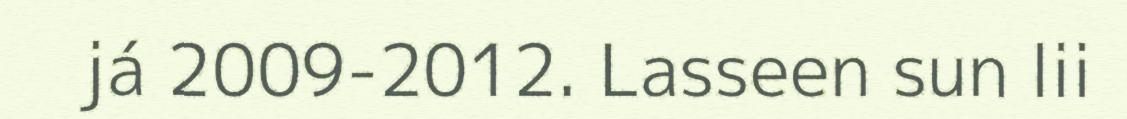
já 2009-2012. Lasseen sun lii